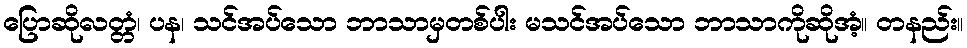
ပြောဆိုလတ္တံ၊ ပန၊ သင်အပ်သော ဘာသာမှတစ်ပါး မသင်အပ်သော ဘာသာကိုဆိုအံ့။ တနည်း။